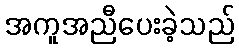
အကူအညီပေးခဲ့သည်